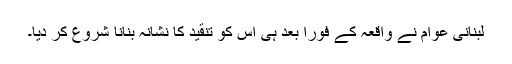
لبنانی عوام نے واقعہ کے فوراً بعد ہی اس کو تنقید کا نشانہ بنانا شروع کر دیا۔